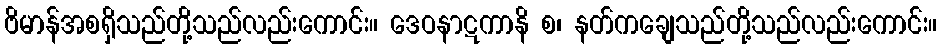
ဗိမာန်အစရှိသည်တို့သည်လည်းကောင်း။ ဒေဝနာဋကာနိ စ၊ နတ်ကချေသည်တို့သည်လည်းကောင်း။